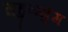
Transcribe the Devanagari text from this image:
सुहुन्ग्मुंग